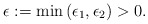
\begin{align*}\epsilon:=\min\left(\epsilon _1 , \epsilon _2 \right)>0.\end{align*}